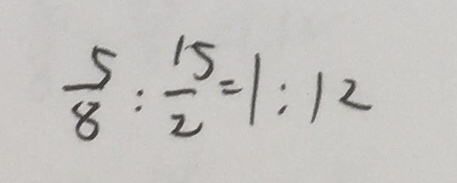
\frac { 5 } { 8 } : \frac { 1 5 } { 2 } = 1 : 1 2